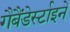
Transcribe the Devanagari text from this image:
गैबैंडेर्स्टाइने